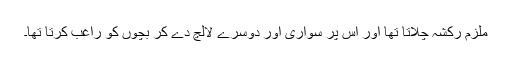
ملزم رکشہ چلاتا تھا اور اس پر سواری اور دوسرے لالچ دے کر بچوں کو راغب کرتا تھا۔